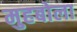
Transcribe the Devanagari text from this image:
मुहबोला